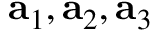
{ \bf a } _ { 1 } , { \bf a } _ { 2 } , { \bf a } _ { 3 }